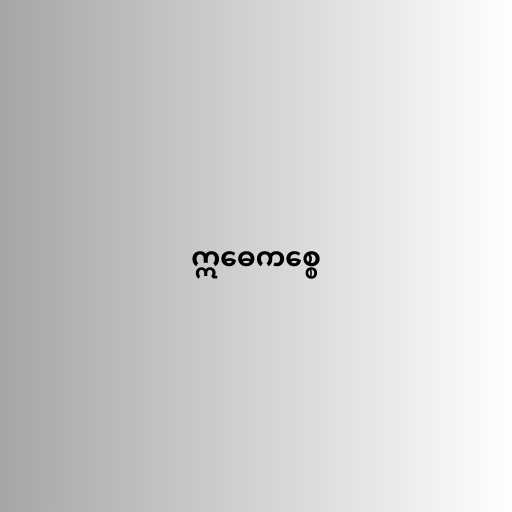
ဣဓေကစ္စေ